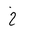
Letter: _kha